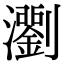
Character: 𤄉